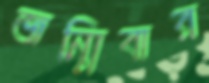
জন্মিবার